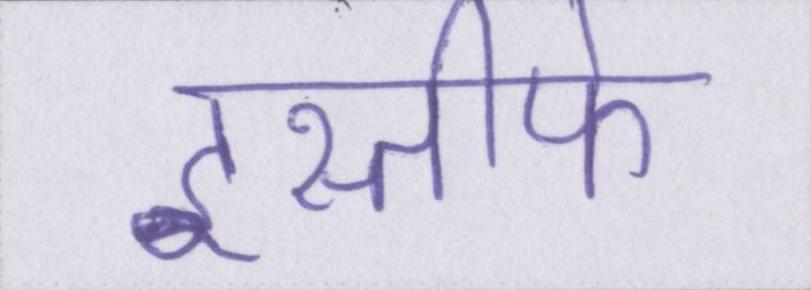
इस्तीफे